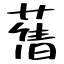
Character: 𦾔